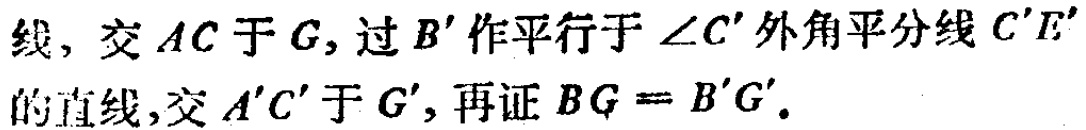
线，交 \(AC\) 于 \(G\)，过 \(B'\) 作平行于 \(\angle C'\) 外角平分线 \(C'E'\) 的直线，交 \(A'C'\) 于 \(G'\)，再证 \(BG = B'G'\)。